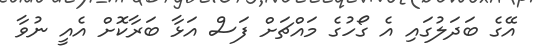
އޭގެ ބަދަލުގައި އެ ގޯހުގެ މައްޗަށް ފަސް އަޅާ ބަރާކޮށް އެއީ ނުވާ